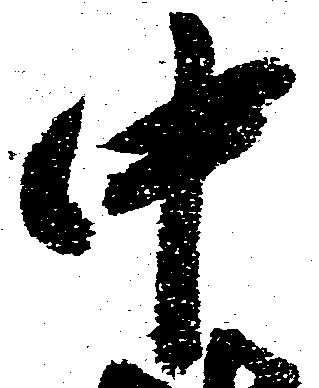
中